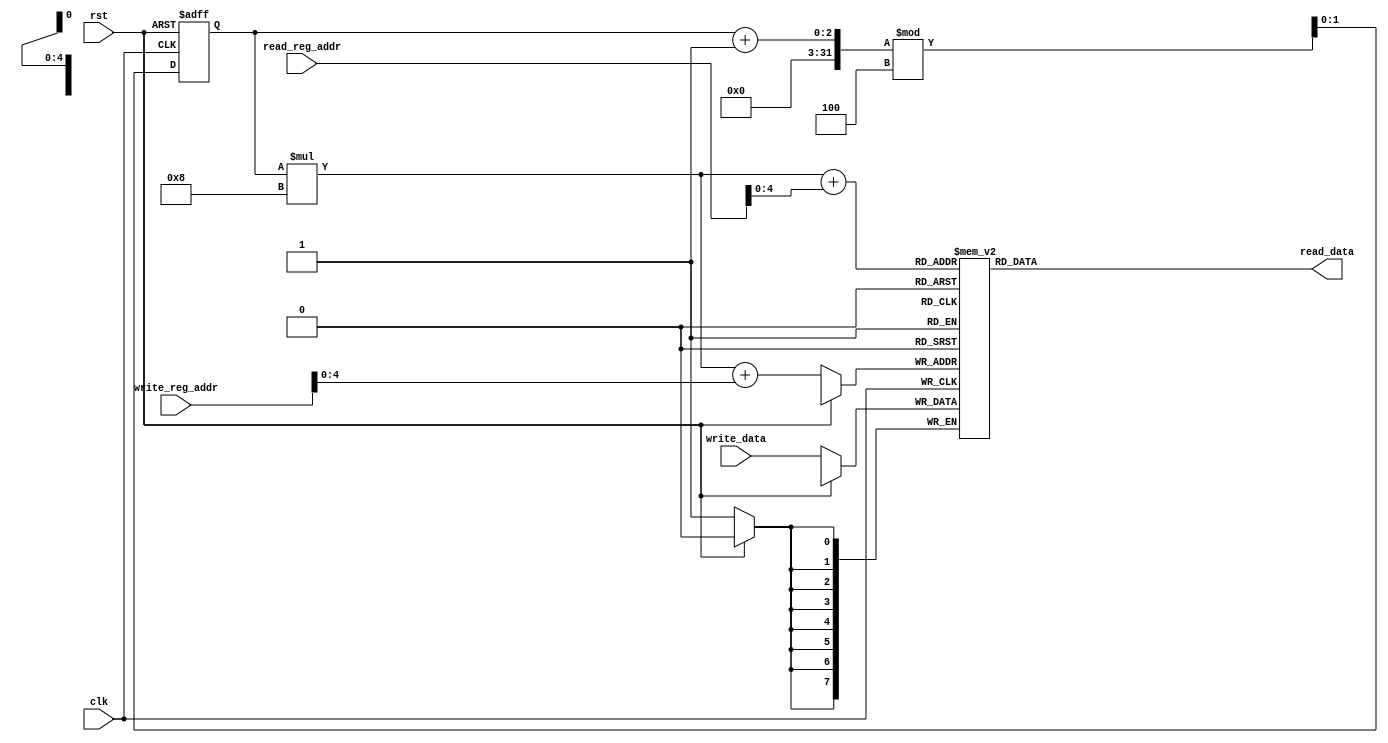
module CircularRegisterFile(
    input clk, // Clock signal
    input rst, // Reset signal

    // Read inputs
    input [7:0] read_reg_addr, // Address of the register to be read
    output reg [7:0] read_data, // Data read from the specified register

    // Write inputs
    input [7:0] write_reg_addr, // Address of the register to be written
    input [7:0] write_data // Data to be written to the specified register
);

parameter NUM_BLOCKS = 4; // Number of memory blocks
parameter BLOCK_SIZE = 8; // Number of registers in each memory block

reg [7:0] memory [NUM_BLOCKS-1:0][BLOCK_SIZE-1:0]; // 2D array to represent the memory blocks

reg [1:0] current_block = 0; // Current memory block being accessed

always @(posedge clk or posedge rst) begin
    if (rst) begin
        current_block <= 0;
    end else begin
        current_block <= (current_block + 1) % NUM_BLOCKS; // Rotate to the next memory block
    end
end

// Read operation
always @(*) begin
    read_data = memory[current_block][read_reg_addr];
end

// Write operation
always @(posedge clk) begin
    if (~rst) begin
        memory[current_block][write_reg_addr] <= write_data;
    end
end

endmodule